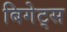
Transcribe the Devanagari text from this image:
बिगेट्स